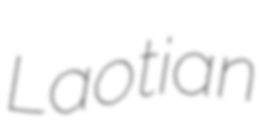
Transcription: Laotian